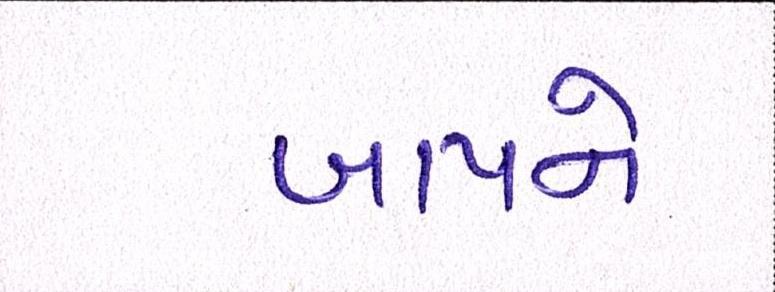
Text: બાપને